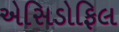
એસિડોફિલ